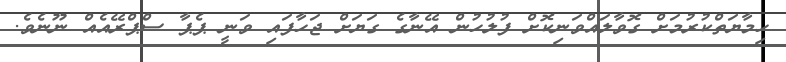
ހިމާޔަތްކުރުމަށް ގޮވާލައްވަނިކޮށް ފުލުހުން އޭނާގެ ގަޔަށް ޖަހާފައި ވަނީ ޕެޕާ ސްޕްރޭއެއް ނޫނެވެ.